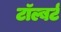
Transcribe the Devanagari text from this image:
टॉल्बर्ट